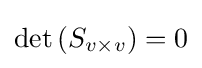
\det \left(S_{v\times v}\right)=0